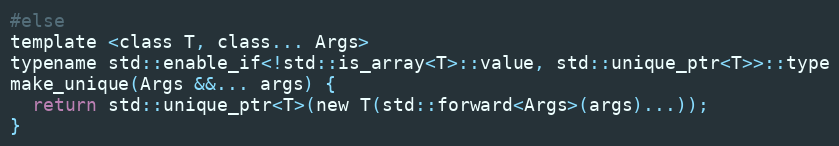
Language: C
#else
template <class T, class... Args>
typename std::enable_if<!std::is_array<T>::value, std::unique_ptr<T>>::type
make_unique(Args &&... args) {
  return std::unique_ptr<T>(new T(std::forward<Args>(args)...));
}